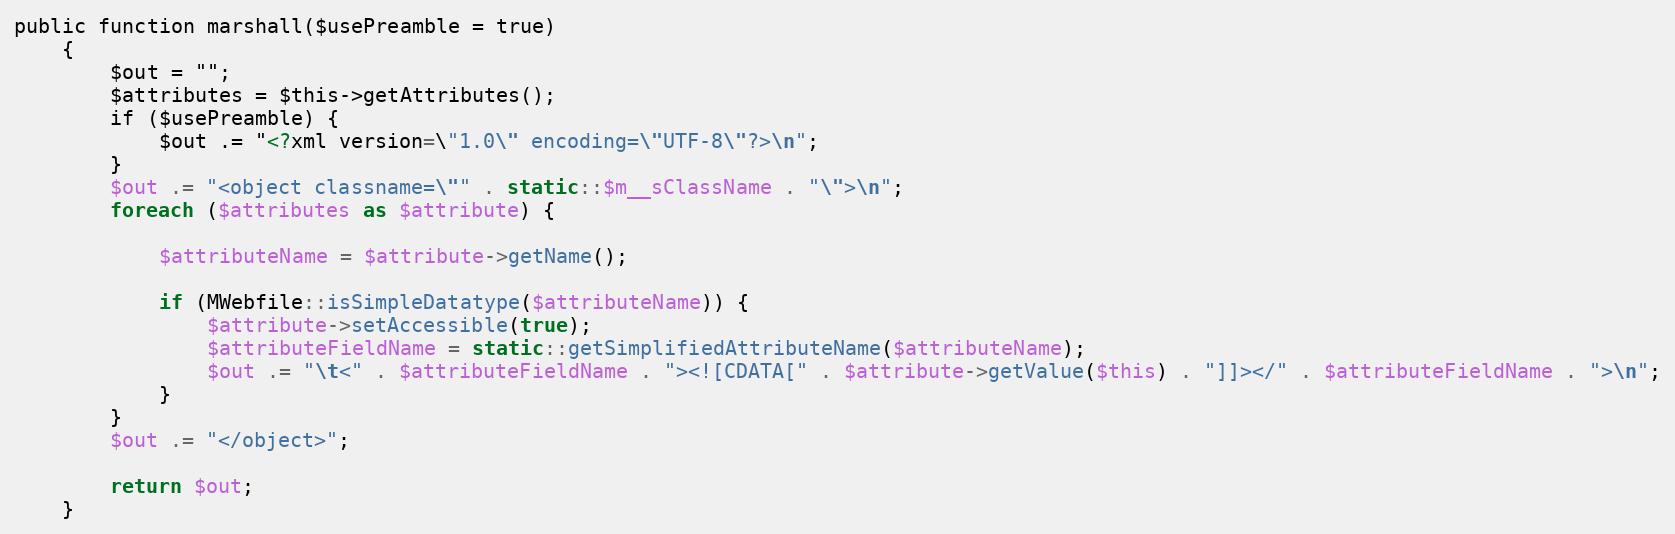
Language: PHP
public function marshall($usePreamble = true)
    {
        $out = "";
        $attributes = $this->getAttributes();
        if ($usePreamble) {
            $out .= "<?xml version=\"1.0\" encoding=\"UTF-8\"?>\n";
        }
        $out .= "<object classname=\"" . static::$m__sClassName . "\">\n";
        foreach ($attributes as $attribute) {

            $attributeName = $attribute->getName();

            if (MWebfile::isSimpleDatatype($attributeName)) {
                $attribute->setAccessible(true);
                $attributeFieldName = static::getSimplifiedAttributeName($attributeName);
                $out .= "\t<" . $attributeFieldName . "><![CDATA[" . $attribute->getValue($this) . "]]></" . $attributeFieldName . ">\n";
            }
        }
        $out .= "</object>";

        return $out;
    }